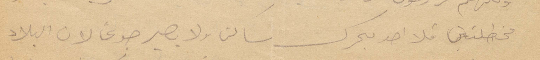
مختلطين فلا احد يحرك ساكن ولا يصير جوعًا لان البلاد